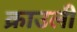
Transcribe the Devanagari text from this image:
क्राउली